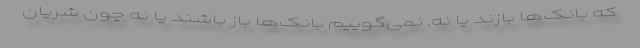
که بانک‌ها بازند یا نه. نمی‌گوییم بانک‌ها باز باشند یا نه چون شریان